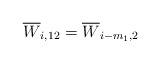
LaTeX: \begin{align*}\overline{W}_{i,12}=\overline{W}_{i-m_1,2}\end{align*}